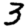
Digit: 3